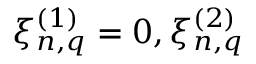
\xi _ { n , q } ^ { ( 1 ) } = 0 , \xi _ { n , q } ^ { ( 2 ) }